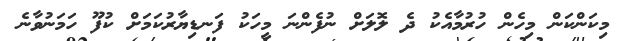
މިކަންކަން މިހެން ހުރުމާއެކު ދެ ލޮލަށް ނުފެންނަ މީހަކު ފަނޑިޔާރުކަމަށް ކުފޫ ހަމަނުވާނެ